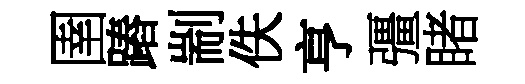
圉蹖剬佚亨彊睹